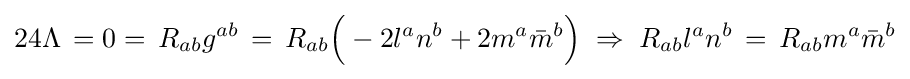
24\Lambda \,=0=\,R_{ab}g^{ab}\,=\,R_{ab}{\Big (}-2l^{a}n^{b}+2m^{a}{\bar {m}}^{b}{\Big )}\;\Rightarrow \;R_{ab}l^{a}n^{b}\,=\,R_{ab}m^{a}{\bar {m}}^{b}